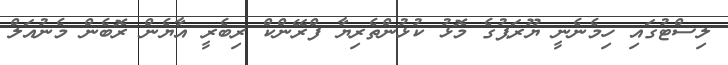
ލިސްޓުގައި ހިމެނެނީ ޔޫރަޕުގެ މޮޅު ކުޅުންތެރިޔާ ފްރޭންކް ރިބެރީ އާޔެން ރޮބެން މެނުއަލް